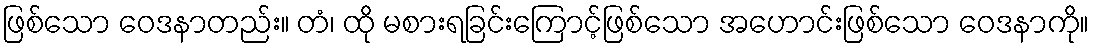
ဖြစ်သော ဝေဒနာတည်း။ တံ၊ ထို မစားရခြင်းကြောင့်ဖြစ်သော အဟောင်းဖြစ်သော ဝေဒနာကို။